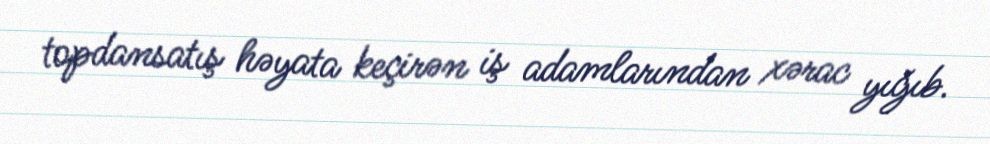
topdansatış həyata keçirən iş adamlarından xərac yığıb.